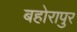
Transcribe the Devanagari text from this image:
बहोरापुर